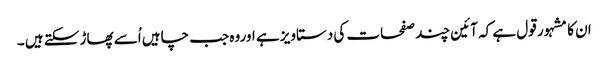
ان کا مشہور قول ہے کہ آئین چند صفحات کی دستاویز ہے اوروہ جب چاہیں اُسے پھاڑ سکتے ہیں ۔